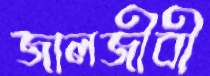
জালজীবী